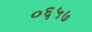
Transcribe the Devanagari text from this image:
०६५७